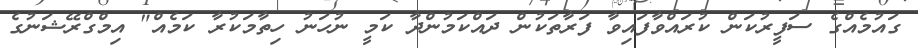
ގައުމެއްގެ ސަފީރުކަން ކުރައްވާފައިވާ ފަރާތަކުން ދައްކަމުންދާ ކަމީ ނުހަނު ހިތާމަކުރާ ކަމެއް" އިމްގްރޭޝަނުގެ